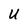
Character: U